Medical and sanitary report of the native army of Madras for the year
Year: 1875
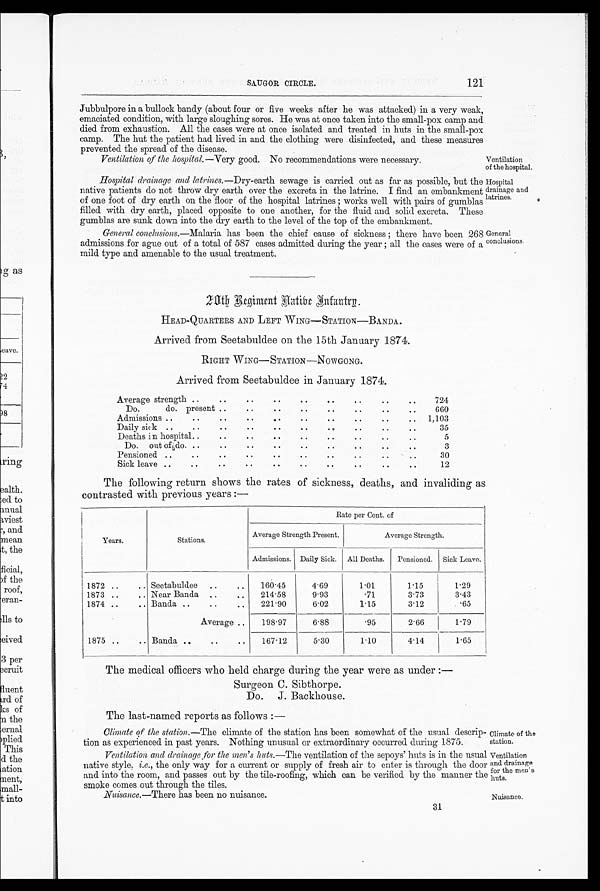
Climate of the
station.
Ventilation
and drainage
f o r t h e m e n ' s
huts.
SAUGOR CIRCLE.
121
Jubbulpore in a bullock bandy (about four or five weeks after he was attacked) in a very weak,
e m a c i a t e c o n d i t i o n , w i t h l a r g e s l o u g h i n g s o r e s . H e w a s a t o n c e t a k e n i n t o t h e s m a l l - p o x c a m p a n d
died from exhaustion. All the cases were at once isolated and treated in huts in the small-pox
camp. The hut the patient had lived in and the clothing were disinfected, and these measures
p r e v e n t e d t h e s p r e a d o f t h e d i s e a s e .
Ventilation of the hospital. —Very good. No recommendations were necessary.
Ventilation
of the hospital.
Hospital drainage and latrines.— Dry-earth sewage is carried out as far as possible, but the
native patients do not throw dry earth over the excreta in the latrine. I find an embankment
of one foot of dry earth on the floor of the hospital latrines ; works well with pairs of gumblas
filled with dry earth, placed opposite to one another, for the fluid and solid excreta. These
gumblas are sunk down into the dry earth to the level of the top of the embankment.
General conclusions.—Malaria has been the chief cause of sickness ; there have been 268
admissions for ague out of a total of 587 cases admitted during the year ; all the cases were of a
mild type and amenable to the usual treatment.
Hospital
drainage and
latrines.
General
conclusions.
2 0 t h R e g i m e n t H a t i b e I n f a n t r y .
HEAD-QUARTERS AND LEFT WING—STATION—BANDA.
Arrived from Seetabuldee on the 15th January 1874.
RIGHT WING—STATION—NOWGONG.
Arrived from Seetabuldee in January 1874.
Average strength .. ..
. .
. .
. .
. .
. .
. .
. .
724
Do.
do. present .. ..
..
..
. .
..
..
..
660
Admissions .. .. . .
..
..
..
. .
. .
..
. . 1,103
Daily sick ..
. . . .
..
..
..
. .
..
..
..
35
Deaths in hospital ..
. .
. .
. .
. .
. .
. .
. .
5
Do. out of do. . . . .
..
..
. .
. .
. .
..
..
3
Pensioned .. .. ..
..
..
. .
. .
. .
. .
. .
30
Sick leave ..
. . . .
..
. .
. .
. .
. .
. .
..
12
The following return shows the rates of sickness, deaths, and invaliding as
contrasted with previous years :—
Years.
Stations.
Rate per Cent. of
Average Strength Present.
Average Strength.
Admissions. Daily Sick. All Deaths. Pensioned. Sick Leave.
1872 ..
.. Seetabuldee ..
. . 160.45
4.69
1.01
1.15
1.29
1873 ..
.. Near Banda ..
..
214.58
9.93
.71
3.73
3.43
1874 ..
.. Banda ..
..
..
221.90
6.02
1.15
3.12
.65
Average ..
198.97
6.88 .95
2 . 6 6
1.79
1875 ..
.. Banda ..
..
..
167.12
5 . 3 0
1.10
4.14
1.65
The medical officers who held charge during the year were as under :—
Surgeon C. Sibthorpe.
Do. J. Backhouse.
The last-named reports as follows :—
Climate of the station.—The climate of the station has been somewhat of the usual descrip-
tion as experienced in past years. Nothing unusual or extraordinary occurred during 1875.
Ventilation and drainage for the men's huts.— The ventilation of the sepoys' huts is in the usual
native style, i.e., the only way for a current or supply of fresh air to enter is through the door
and into the room, and passes out by the tile-roofing, which can be verified by the manner the
s m o k e c o m e s o u t t h r o u g h t h e t i l e s .
Nuisance.—There has been no nuisance.
31
Nuisance
.